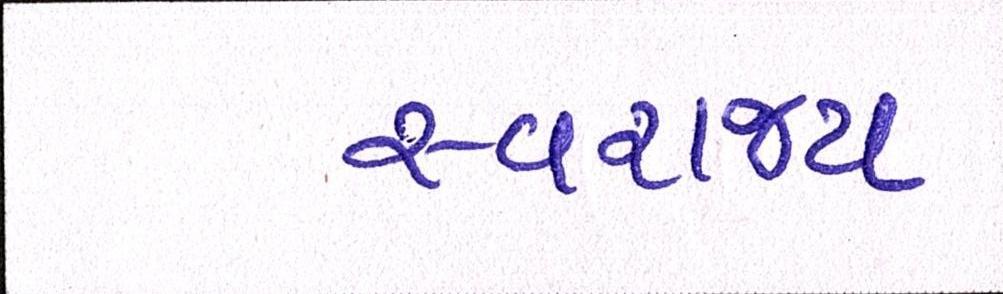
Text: સ્વરાજ્ય